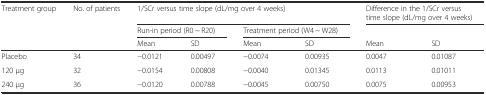
<table><thead><tr><td><b>Treatment group</b></td><td><b>No. of patients</b></td><td colspan="4"><b>1/SCr versus time slope (dL/mg over 4 weeks)</b></td><td colspan="2"><b>Difference in the 1/SCr versus time slope (dL/mg over 4 weeks)</b></td></tr><tr><td></td><td></td><td colspan="2"><b>Run-in period (R0 ~ R20)</b></td><td colspan="2"><b>Treatment period (W4 ~ W28)</b></td><td></td><td></td></tr><tr><td></td><td></td><td><b>Mean</b></td><td><b>SD</b></td><td><b>Mean</b></td><td><b>SD</b></td><td><b>Mean</b></td><td><b>SD</b></td></tr></thead><tbody><tr><td>Placebo</td><td>34</td><td>−0.0121</td><td>0.00497</td><td>−0.0074</td><td>0.00935</td><td>0.0047</td><td>0.01087</td></tr><tr><td>120 μg</td><td>32</td><td>−0.0154</td><td>0.00808</td><td>−0.0040</td><td>0.01345</td><td>0.0113</td><td>0.01011</td></tr><tr><td>240 μg</td><td>36</td><td>−0.0120</td><td>0.00788</td><td>−0.0045</td><td>0.00750</td><td>0.0075</td><td>0.00953</td></tr></tbody></table>